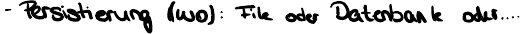
- Persistierung (wo) : File oder Datenbank oder...